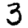
Digit: 3